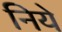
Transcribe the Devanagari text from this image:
निये